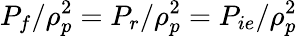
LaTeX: P_{f}/\rho_{p}^{2}=P_{r}/\rho_{p}^{2}=P_{ie}/\rho_{p}^{2}